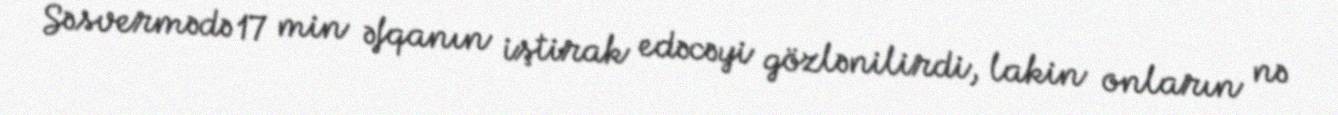
Səsvermədə 17 min əfqanın iştirak edəcəyi gözlənilirdi, lakin onların nə